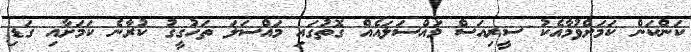
ކަންކަން ކަމަށްވުމާއެކު ސީރިއަސް މައްސަލައެއް ގޮތުގައި މައްސަލަ ތަހުގީގު ކުރާނެ ކަމަށާއި ގަޑި